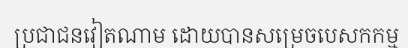
ប្រជាជនវៀតណាម ដោយបានសម្រេចបេសកកម្ម